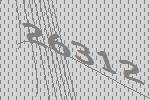
26312